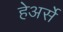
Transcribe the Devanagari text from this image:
हेअर्से